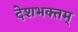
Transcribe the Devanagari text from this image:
देशभक्तम्